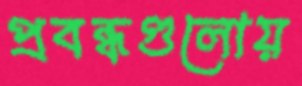
প্রবন্ধগুলোয়